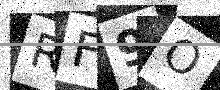
Text: RF9O